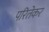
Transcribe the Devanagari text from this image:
परितेकर